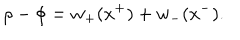
\rho - \phi = w _ { + } ( x ^ { + } ) + w _ { - } ( x ^ { - } ) .